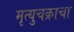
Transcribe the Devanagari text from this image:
मृत्युचक्राचा